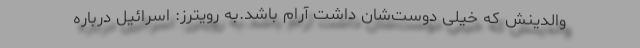
والدینش که خیلی دوست‌شان داشت آرام باشد.به رویترز: اسرائیل درباره